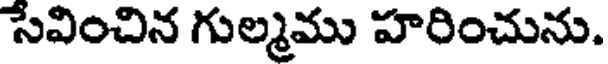
సేవించిన గుల్మము హరించును.